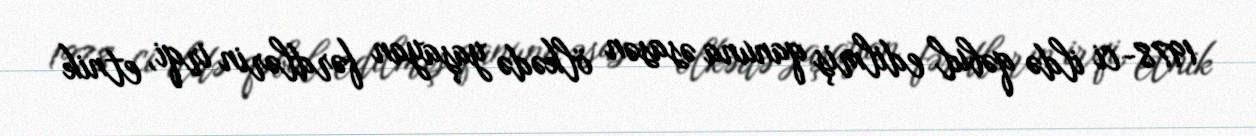
1978-ci ildə qəbul edilmiş qanuna əsasən ölkədə yaşayan fərdlərin irqi, etnik